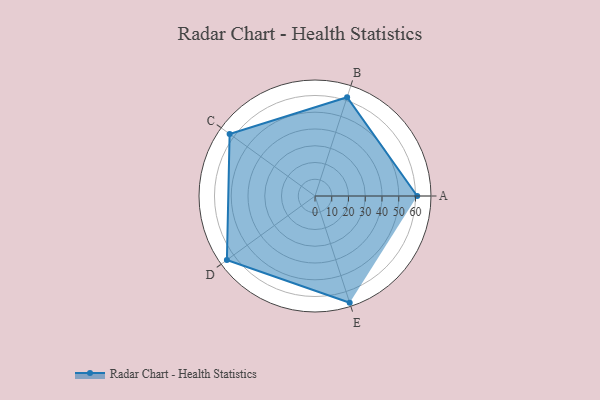
{"axis": {"x": "Skill", "y": "Score"}, "legend": ["Profile"], "data": [{"x": "A", "y": 61.0, "type": "Profile"}, {"x": "B", "y": 62.0, "type": "Profile"}, {"x": "C", "y": 63.0, "type": "Profile"}, {"x": "D", "y": 65.0, "type": "Profile"}, {"x": "E", "y": 67.0, "type": "Profile"}]}